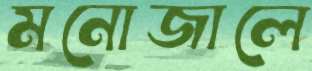
মনোজালে